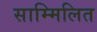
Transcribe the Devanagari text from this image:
साम्मिलित